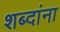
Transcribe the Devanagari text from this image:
शब्‍दांना